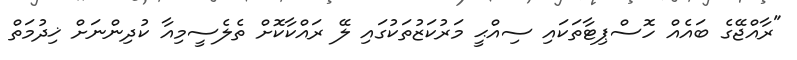
"ރާއްޖޭގެ ބައެއް ހޮސްޕިޓާތަކައި ސިއްޙީ މަރުކަޒުތަކުގައި ލޭ ރައްކާކޮށް ތެލެސީމިއާ ކުދިންނަށް ޚިދުމަތް